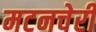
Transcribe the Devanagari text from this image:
मटनचेरी